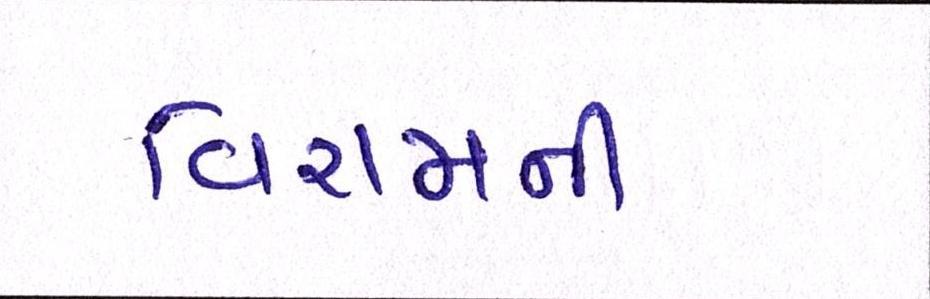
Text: વિરામની